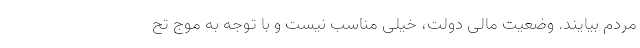
مردم بیایند. وضعیت مالی دولت، خیلی مناسب نیست و با توجه به موج تح